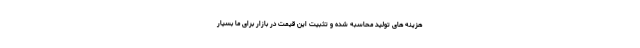
هزینه های تولید محاسبه شده و تثبیت این قیمت در بازار برای ما بسیار